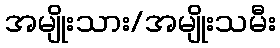
အမျိုးသား/အမျိုးသမီး